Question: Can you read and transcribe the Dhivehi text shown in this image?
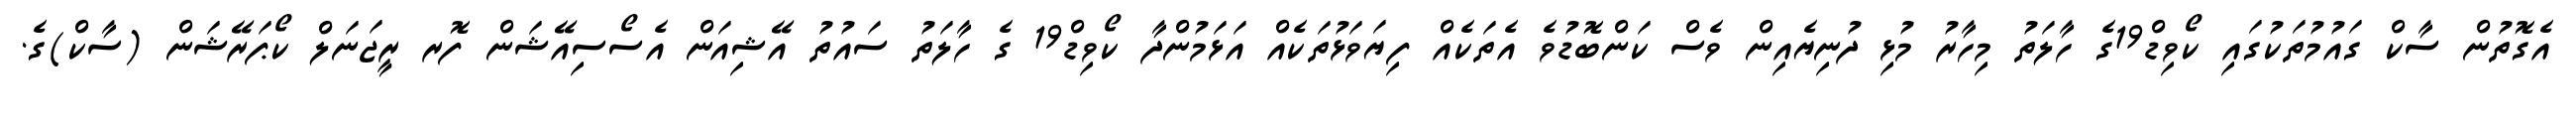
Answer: އެގޮތުން ސާކް ގައުމުތަކުގައި ކޯވިޑް19ގެ ހާލަތު މިހާރު މުޅި ދުނިޔެއިން ވެސް ކަންބޮޑުވެ އެތަކެއް ފިޔަވަޅުތަކެއް އަޅަމުންދާ ކޯވިޑް19 ގެ ހާލަތު ސައުތު އޭޝިއަން އެސޯސިއޭޝަން ފޮރ ރީޖަނަލް ކޯޕަރޭޝަން (ސާކް)ގެ.